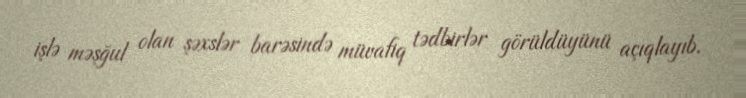
işlə məşğul olan şəxslər barəsində müvafiq tədbirlər görüldüyünü açıqlayıb.